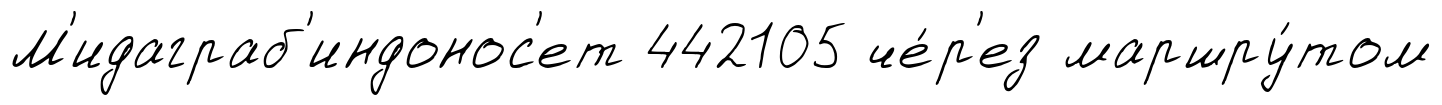
М'идаграб'индонос'ет 442105 че́р'ез маршру́том